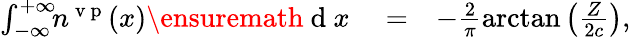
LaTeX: \begin{array}{rlr}{\int_{-\infty}^{+\infty}\! \! n^{\mathrm{~v~p~}}(x)\ensuremath{\mathrm{~d~}}x}&{{}=}&{-\frac{2}{\pi}\arctan\left(\frac{Z}{2c}\right),}\end{array}